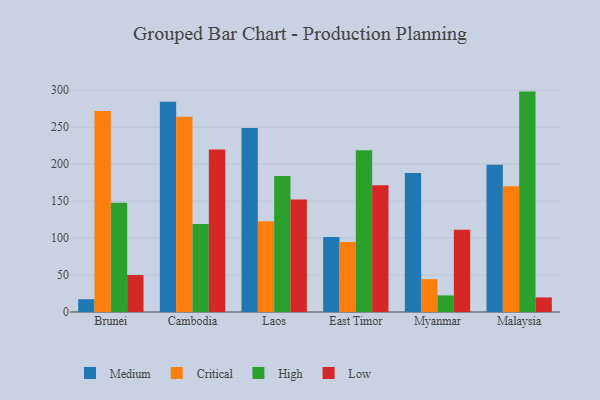
{"axis": {"x": "Country", "y": "LTV (USD)"}, "legend": ["Critical", "High", "Low", "Medium"], "data": [{"x": "Brunei", "y": 17.3, "type": "Medium"}, {"x": "Brunei", "y": 272.0, "type": "Critical"}, {"x": "Brunei", "y": 147.9, "type": "High"}, {"x": "Brunei", "y": 50.0, "type": "Low"}, {"x": "Cambodia", "y": 284.3, "type": "Medium"}, {"x": "Cambodia", "y": 264.2, "type": "Critical"}, {"x": "Cambodia", "y": 119.1, "type": "High"}, {"x": "Cambodia", "y": 219.9, "type": "Low"}, {"x": "Laos", "y": 248.8, "type": "Medium"}, {"x": "Laos", "y": 122.9, "type": "Critical"}, {"x": "Laos", "y": 183.9, "type": "High"}, {"x": "Laos", "y": 152.0, "type": "Low"}, {"x": "East Timor", "y": 101.6, "type": "Medium"}, {"x": "East Timor", "y": 94.8, "type": "Critical"}, {"x": "East Timor", "y": 218.7, "type": "High"}, {"x": "East Timor", "y": 171.6, "type": "Low"}, {"x": "Myanmar", "y": 187.9, "type": "Medium"}, {"x": "Myanmar", "y": 44.4, "type": "Critical"}, {"x": "Myanmar", "y": 22.4, "type": "High"}, {"x": "Myanmar", "y": 111.3, "type": "Low"}, {"x": "Malaysia", "y": 199.0, "type": "Medium"}, {"x": "Malaysia", "y": 170.1, "type": "Critical"}, {"x": "Malaysia", "y": 298.1, "type": "High"}, {"x": "Malaysia", "y": 19.7, "type": "Low"}]}